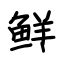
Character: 鲜